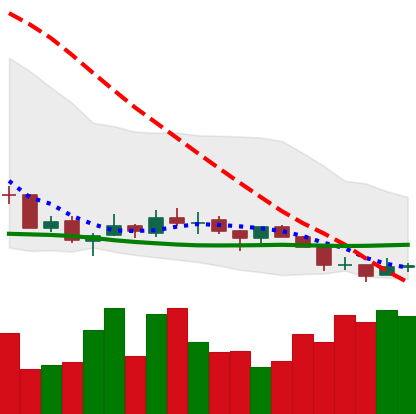
Ticker: TRX-USD
Chart end date: 2018-07-14
Forward return: 13.425%
Label: up_7plus